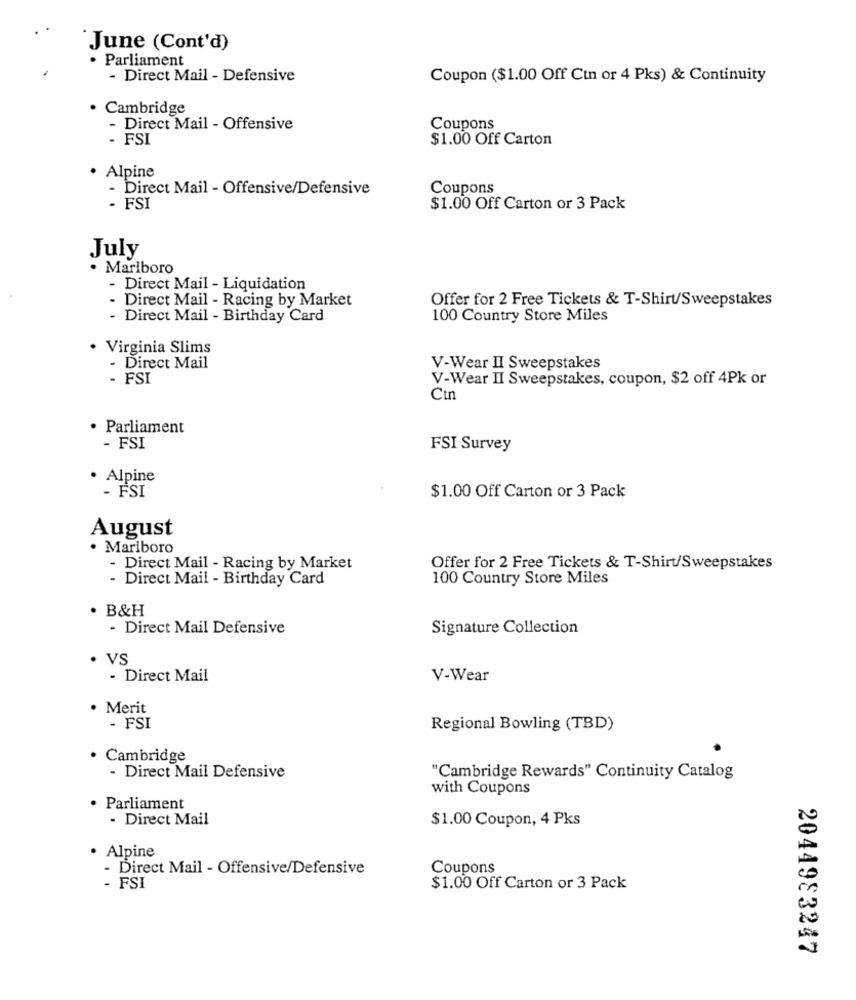
June (Cont'd)
· Parliament
- Direct Mail - Defensive
Coupon ($1.00 Off Cin or 4 Pks) & Continuity
Cambridge
- Direct Mail - Offensive
Coupons
FSI
$1.00 Off Carton
Alpine
- Direct Mail - Offensive/Defensive
Coupons
FS
$1.00 Off Carton or 3 Pack
July
· Marlboro
- Direct Mail - Liquidation
Direct Mail - Racing by Market
Offer for 2 Free Tickets & T-Shirt/Sweepstakes
- Direct Mail - Birthday Card
100 Country Store Miles
Virginia Slims
- Direct Mail
V-Wear II Sweepstakes
- FSI
V-Wear II Sweepstakes, coupon, $2 off 4Pk or
Ctn
· Parliament
- FSI
FSI Survey
· Alpine
- FSI
$1.00 Off Carton or 3 Pack
August
· Mariboro
- Direct Mail - Racing by Market
Offer for 2 Free Tickets & T-Shirt/Sweepstakes
- Direct Mail - Birthday Card
100 Country Store Miles
. B&H
- Direct Mail Defensive
Signature Collection
· VS
- Direct Mail
V-Wear
· Merit
- FSI
Regional Bowling (TBD)
· Cambridge
- Direct Mail Defensive
"Cambridge Rewards" Continuity Catalog
with Coupons
· Parliament
- Direct Mail
$1.00 Coupon, 4 Pks
Alpine
- Direct Mail - Offensive/Defensive
Coupons
- FSI
$1.00 Off Carton or 3 Pack
2044983247